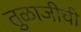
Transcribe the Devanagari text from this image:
तुळाजीची